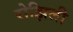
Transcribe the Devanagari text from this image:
रोझिली